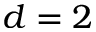
d = 2